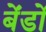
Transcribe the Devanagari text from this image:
बेंडों